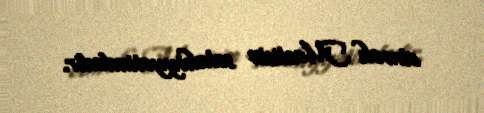
etmək Məclisin səlahiyyətindədir.